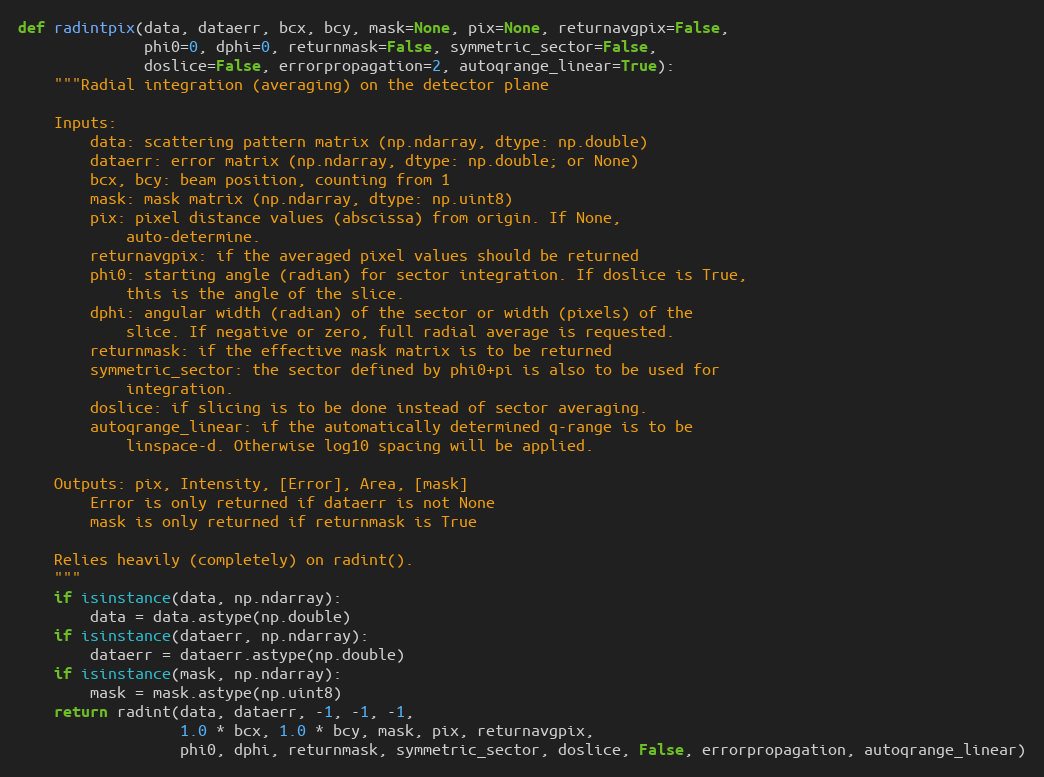
Language: Python
def radintpix(data, dataerr, bcx, bcy, mask=None, pix=None, returnavgpix=False,
              phi0=0, dphi=0, returnmask=False, symmetric_sector=False,
              doslice=False, errorpropagation=2, autoqrange_linear=True):
    """Radial integration (averaging) on the detector plane

    Inputs:
        data: scattering pattern matrix (np.ndarray, dtype: np.double)
        dataerr: error matrix (np.ndarray, dtype: np.double; or None)
        bcx, bcy: beam position, counting from 1
        mask: mask matrix (np.ndarray, dtype: np.uint8)
        pix: pixel distance values (abscissa) from origin. If None,
            auto-determine.
        returnavgpix: if the averaged pixel values should be returned
        phi0: starting angle (radian) for sector integration. If doslice is True,
            this is the angle of the slice.
        dphi: angular width (radian) of the sector or width (pixels) of the
            slice. If negative or zero, full radial average is requested.
        returnmask: if the effective mask matrix is to be returned
        symmetric_sector: the sector defined by phi0+pi is also to be used for
            integration.
        doslice: if slicing is to be done instead of sector averaging.
        autoqrange_linear: if the automatically determined q-range is to be
            linspace-d. Otherwise log10 spacing will be applied.

    Outputs: pix, Intensity, [Error], Area, [mask]
        Error is only returned if dataerr is not None
        mask is only returned if returnmask is True

    Relies heavily (completely) on radint().
    """
    if isinstance(data, np.ndarray):
        data = data.astype(np.double)
    if isinstance(dataerr, np.ndarray):
        dataerr = dataerr.astype(np.double)
    if isinstance(mask, np.ndarray):
        mask = mask.astype(np.uint8)
    return radint(data, dataerr, -1, -1, -1,
                  1.0 * bcx, 1.0 * bcy, mask, pix, returnavgpix,
                  phi0, dphi, returnmask, symmetric_sector, doslice, False, errorpropagation, autoqrange_linear)